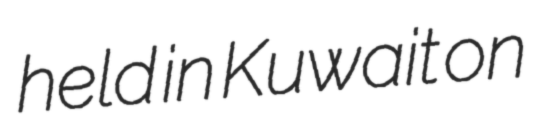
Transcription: held in Kuwait on